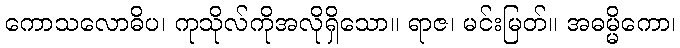
ကောသလောဓိပ၊ ကုသိုလ်ကိုအလိုရှိသော။ ရာဇ၊ မင်းမြတ်။ အဓမ္မိကော၊